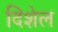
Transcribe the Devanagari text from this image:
दिशेल